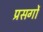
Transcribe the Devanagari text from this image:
प्रसर्गों